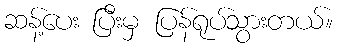
ဆန့်ပေး ပြီးမှ ပြန်ရုပ်သွားတယ်။